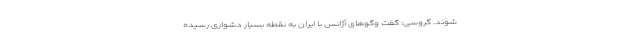
شوند. گروسی: گفت وگوهای آژانس با ایران به نقطه بسیار دشواری رسیده